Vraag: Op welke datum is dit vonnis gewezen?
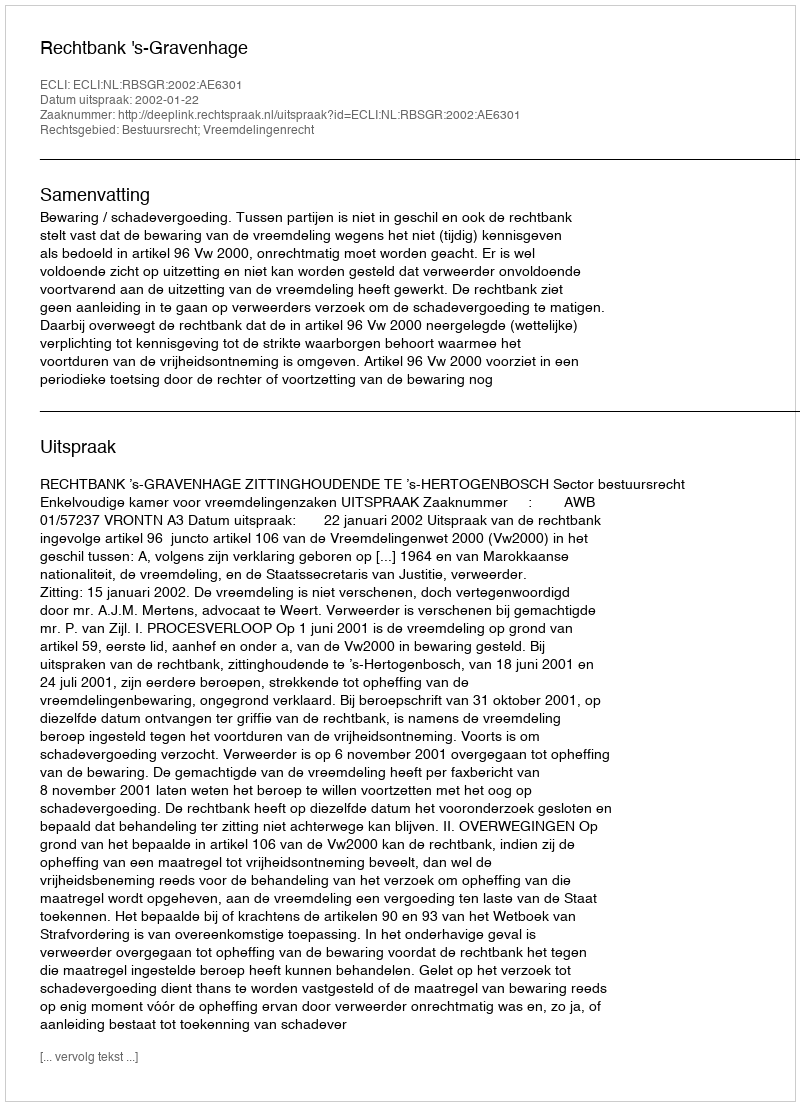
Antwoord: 2002-01-22